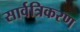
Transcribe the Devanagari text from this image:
सार्वत्रिकरण